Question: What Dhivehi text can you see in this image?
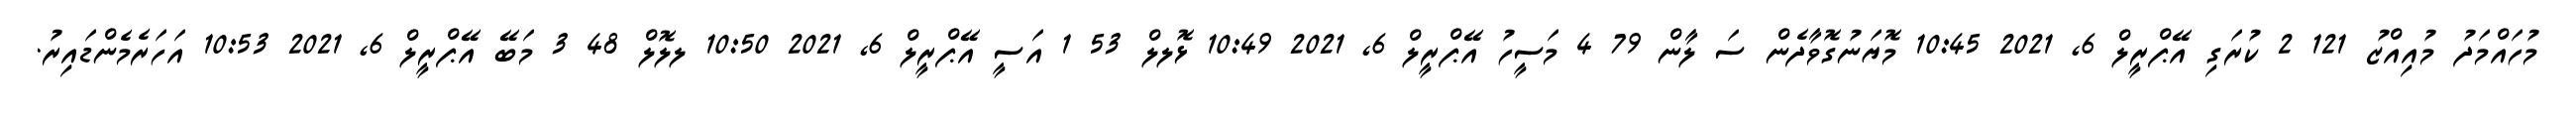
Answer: މުހައްމަދު މުއިއްޒު 121 2 ކުރަގި އޭޕްރީލް 6, 2021 10:45 މޮޔަނުގޮވާދެން ސަ ލާން 79 4 މަސީހު އޭޕްރީލް 6, 2021 10:49 ޅޮލލް 53 1 އަސީ އޭޕްރީލް 6, 2021 10:50 ލލޮލް 48 3 މަބޭ އޭޕްރީލް 6, 2021 10:53 އަހަރެމެންޑައިރު.